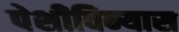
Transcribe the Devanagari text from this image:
पेशीविन्यास